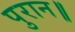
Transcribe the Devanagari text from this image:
पुरान॥